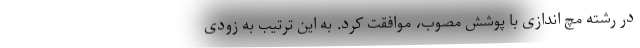
در رشته مچ اندازی با پوشش مصوب، موافقت کرد. به این ترتیب به زودی